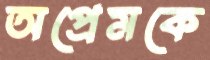
অপ্রেমকে